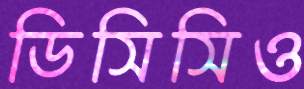
ডিসিসিও